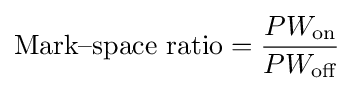
{\text{Mark–space ratio}}={\frac {PW_{\text{on}}}{PW_{\text{off}}}}